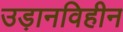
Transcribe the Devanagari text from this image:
उड़ानविहीन